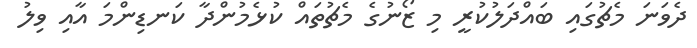
ދެވަނަ މެޗުގައި ބައްދަލުކުރީ މި ޒޯނުގެ މެޗުތައް ކުޅެމުންދާ ކަނޑިންމަ އާއި ވިލު